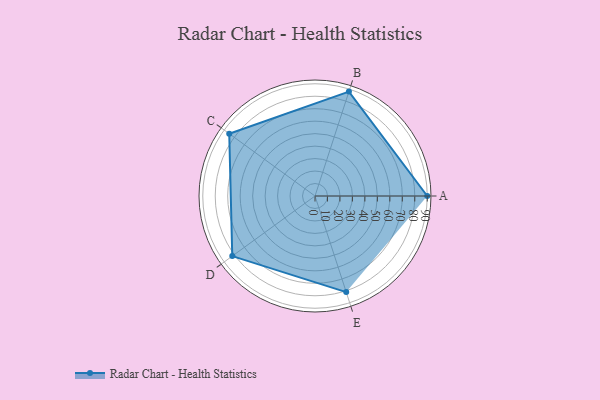
{"axis": {"x": "Skill", "y": "Score"}, "legend": ["Profile"], "data": [{"x": "A", "y": 90.0, "type": "Profile"}, {"x": "B", "y": 88.0, "type": "Profile"}, {"x": "C", "y": 85.0, "type": "Profile"}, {"x": "D", "y": 82.0, "type": "Profile"}, {"x": "E", "y": 81.0, "type": "Profile"}]}